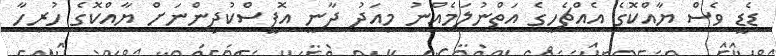
ޑެޑީ ވެސް ޔާއްކޮގެ އެއްޗެހީގެ އަތްނުލަމެއްނު މިއަދު ދާނީ އޮފީސްކުދިންނަށް ޔާއްކޮގެ ހުރިހާ